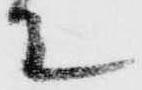
て